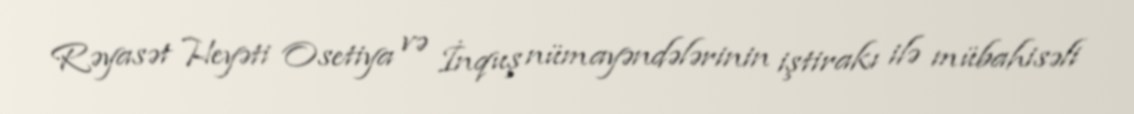
Rəyasət Heyəti Osetiya və İnquş nümayəndələrinin iştirakı ilə mübahisəli